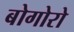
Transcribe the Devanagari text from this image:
बोगोरो